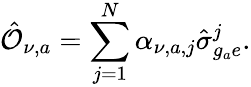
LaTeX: \hat{\mathcal{O}}_{\nu,a}=\sum_{j=1}^{N}\alpha_{\nu,a,j}\hat{\sigma}_{g_{a}e}^{j}.